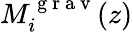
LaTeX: M_{i}^{\mathrm{~g~r~a~v~}}(z)